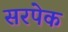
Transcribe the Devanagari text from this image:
सरपेक